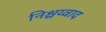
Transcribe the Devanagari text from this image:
निश्चय्वाद